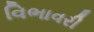
વિભાવરી